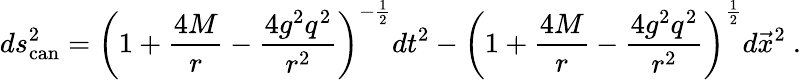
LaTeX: ds_{\mathrm{can}}^{2}=\left(1+{\frac{4M}{r}}-{\frac{4g^{2}q^{2}}{r^{2}}}\right)^{-{\frac{1}{2}}}dt^{2}-\left(1+{\frac{4M}{r}}-{\frac{4g^{2}q^{2}}{r^{2}}}\right)^{\frac{1}{2}}d\vec{x}^{2}\ .